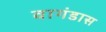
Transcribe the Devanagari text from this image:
वागंडास